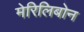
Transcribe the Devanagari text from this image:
मेरिलिबोन